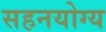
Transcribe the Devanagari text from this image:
सहनयोग्य